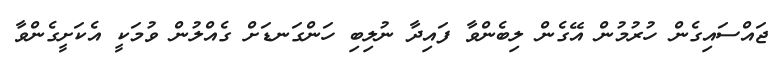
ޖައްސައިގެން ހުރުމުން އޭގެން ލިބެންވާ ފައިދާ ނުލިބި ހަންގަނޑަށް ގެއްލުން ވުމަކީ އެކަށީގެންވާ